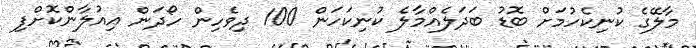
މާލޭގެ ކުނިކެހުމަށް ބޮޑު ބަދަލެއްމާލެ ކުނިކަހަން 100 ދިވެހިން ހޯދަން އިއުލާންކޮށްފި